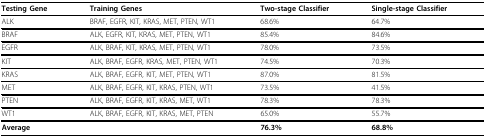
| Testing Gene | Training Genes | Two-stage Classifier | Single-stage Classifier |
 | --- | --- | --- | --- |
 | ALK | BRAF, EGFR, KIT, KRAS, MET, PTEN, WT1 | 68.6% | 64.7% |
 | BRAF | ALK, EGFR, KIT, KRAS, MET, PTEN, WT1 | 85.4% | 84.6% |
 | EGFR | ALK, BRAF, KIT, KRAS, MET, PTEN, WT1 | 78.0% | 73.5% |
 | KIT | ALK, BRAF, EGFR, KRAS, MET, PTEN, WT1 | 74.5% | 70.3% |
 | KRAS | ALK, BRAF, EGFR, KIT, MET, PTEN, WT1 | 87.0% | 81.5% |
 | MET | ALK, BRAF, EGFR, KIT, KRAS, PTEN, WT1 | 73.5% | 41.5% |
 | PTEN | ALK, BRAF, EGFR, KIT, KRAS, MET, WT1 | 78.3% | 78.3% |
 | WT1 | ALK, BRAF, EGFR, KIT, KRAS, MET, PTEN | 65.0% | 55.7% |
 | Average |  | 76.3% | 68.8% |